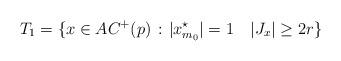
LaTeX: \begin{align*}T_1=\{x\in AC^+(p)\,:\,\,&|x^\star_{m_0}|=1\quad |J_x|\geq 2r\}\end{align*}